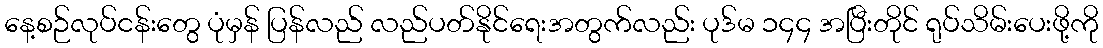
နေ့စဉ်လုပ်ငန်းတွေ ပုံမှန် ပြန်လည် လည်ပတ်နိုင်ရေးအတွက်လည်း ပုဒ်မ ၁၄၄ အပြီးတိုင် ရုပ်သိမ်းပေးဖို့ကို